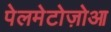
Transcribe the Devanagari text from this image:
पेलमेटोज़ोआ